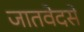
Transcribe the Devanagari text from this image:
जातवेदसे